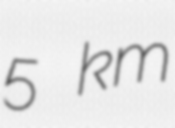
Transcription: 5 km